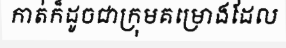
កាត់ក៏ដូចជាក្រុមគម្រោងដែល